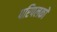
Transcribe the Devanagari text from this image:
परिपलकों